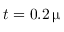
t = 0 . 2 \, \upmu